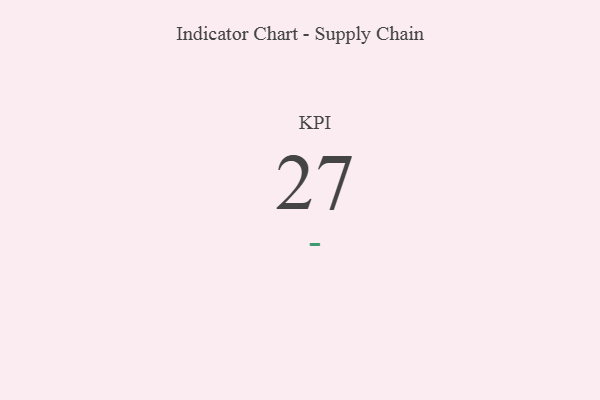
{"axis": {"x": "KPI", "y": "Value"}, "legend": [""], "data": [{"x": "KPI", "y": 27, "type": ""}]}